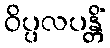
ဝိပ္ပလပန္တိံ